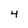
Character: 4